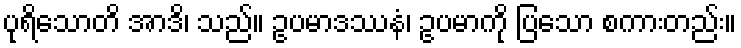
ပုရိသောတိ အာဒိ၊ သည်။ ဥပမာဒဿနံ၊ ဥပမာကို ပြသော စကားတည်း။